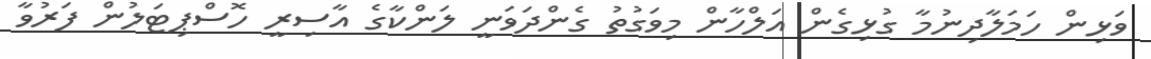
ވަޅިން ހަމަލާދިނުމާ ގުޅިގެން އަލްހާން މިވަގުތު ގެންދަވަނީ ލަންކާގެ އާސިރީ ހޮސްޕިޓަލުން ފަރުވާ